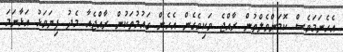
އެހެނަމަވެސް ކޮމަންވެލްތުން ރާއްޖެ ވަކިވެގެން އެހެން ގައުމުތަކުން ރާއްޖެއާ މެދު ފިޔަވަޅު އަޅާނަމަ